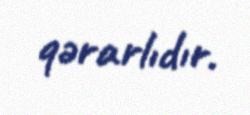
qərarlıdır.